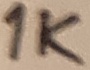
Text: 1K